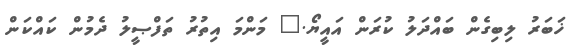
ޚަބަރު ލިބިގެން ބައްދަލު ކުރަން އައީޔޯ." މަންމަ އިތުރު ތަފްޞީލު ދެމުން ކައްކަން